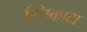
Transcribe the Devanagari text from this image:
स्पिकाटा